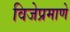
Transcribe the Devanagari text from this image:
विजेप्रमाणे